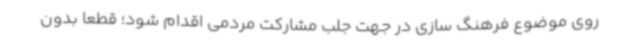
روی موضوع فرهنگ سازی در جهت جلب مشارکت مردمی اقدام شود؛ قطعا بدون